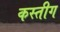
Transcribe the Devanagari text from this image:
कस्तीग